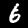
Label: 6